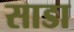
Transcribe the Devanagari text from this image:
साडा